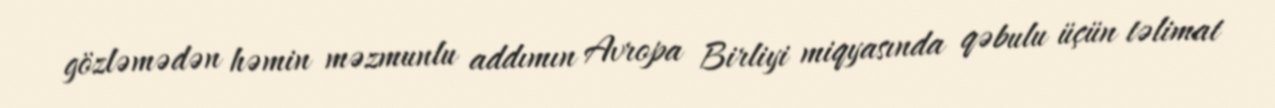
gözləmədən həmin məzmunlu addımın Avropa Birliyi miqyasında qəbulu üçün təlimat